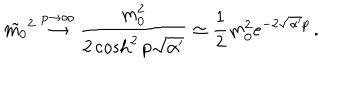
\tilde { m _ { 0 } } ^ { 2 } \stackrel { p \to \infty } { \rightarrow } \frac { m _ { 0 } ^ { 2 } } { 2 \cosh ^ { 2 } p \sqrt { \alpha ^ { \prime } } } \simeq \frac { 1 } { 2 } m _ { 0 } ^ { 2 } e ^ { - 2 \sqrt { \alpha ^ { \prime } } p } \, .